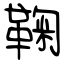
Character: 鞠